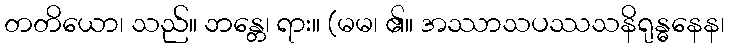
တတိယော၊ သည်။ ဘန္တေ၊ ရား။ (မမ၊ ၏။ အဿာသပဿသနိရုန္ဓနေန၊